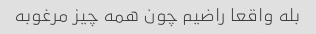
بله واقعا راضیم چون همه چیز مرغوبه